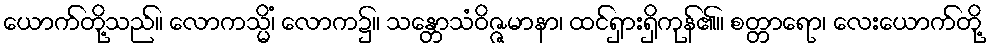
ယောက်တို့သည်။ လောကသ္မိံ၊ လောက၌။ သန္တောသံဝိဇ္ဇမာနာ၊ ထင်ရှားရှိကုန်၏။ စတ္တာရော၊ လေးယောက်တို့